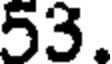
53.